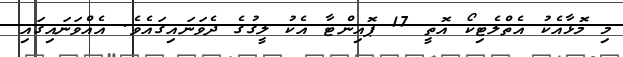
މި މޮޅާއެކު އެތްލެޓިކޯ އޮތީ 17 ޕޮއިންޓާ އެކު ލީގުގެ ދެވަނައިގައެވެ. އެއްވަނައިގައި